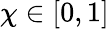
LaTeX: \chi\in[0,1]